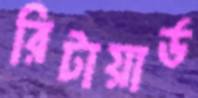
রিটায়ার্ড